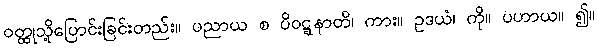
ဝတ္ထုသို့ပြောင်းခြင်းတည်း။ ပညာယ စ ပိဝဋ္ဋနာတိ၊ ကား။ ဥဒယံ၊ ကို။ ပဟာယ။ ၍။